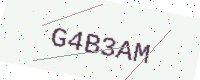
Text: G4B3AM